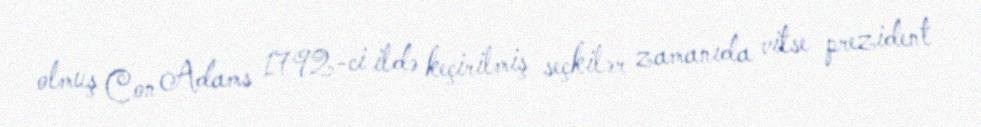
olmuş Con Adams 1792-ci ildə keçirilmiş seçkilər zamanıda vitse prezident